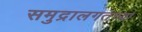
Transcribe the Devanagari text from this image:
समुद्रालगतच्या